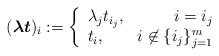
LaTeX: \begin{align*}(\boldsymbol{\lambda t})_i := \left\{ \begin{array}{lr} \lambda_j t_{i_j}, & i = i_j \\ t_i, & i \not\in \{i_j\}_{j=1}^m \end{array}\right.\end{align*}